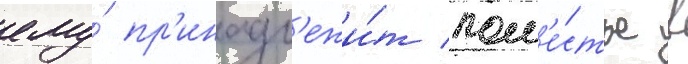
ему́ пр'инадл'ежи́т пом'е́стье в